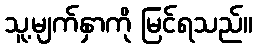
သူ့မျက်နှာကို မြင်ရသည်။